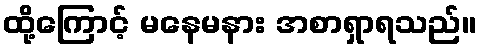
ထို့ကြောင့် မနေမနား အစာရှာရသည်။